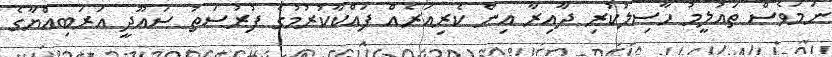
ނަމަވެސް ތައުލީމު ހާސިލުކުރި ދާއިރާ އިން ކެރިއަރެއް ފައްކާކުރުމުގެ ފުރުސަތު ސައޫދީ އަރަބިއްޔާގެ